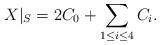
LaTeX: \begin{align*}X|_S = 2C_0 + \sum_{1\le i\le 4} C_i.\end{align*}